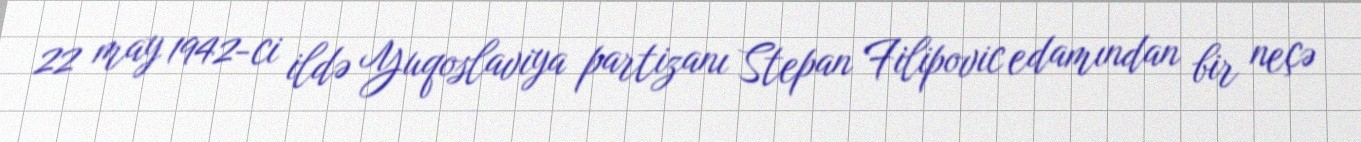
22 may 1942-ci ildə Yuqoslaviya partizanı Stepan Filipovic edamından bir neçə